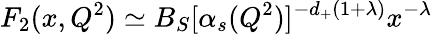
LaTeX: F_{2}(x,Q^{2})\simeq B_{S}[\alpha_{s}(Q^{2})]^{-d_{+}(1+\lambda)}x^{-\lambda}